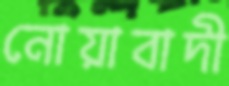
নোয়াবাদী